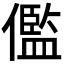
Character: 儖